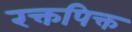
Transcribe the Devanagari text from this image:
रक्तपिक्त